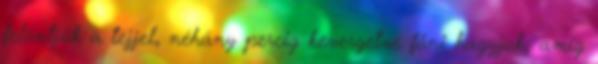
felöntjük a tejjel, néhány percig kevergetve főni hagyjuk, amíg